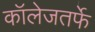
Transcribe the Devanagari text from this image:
कॉलेजतर्फे